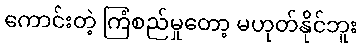
ကောင်းတဲ့ ကြံစည်မှုတော့ မဟုတ်နိုင်ဘူး